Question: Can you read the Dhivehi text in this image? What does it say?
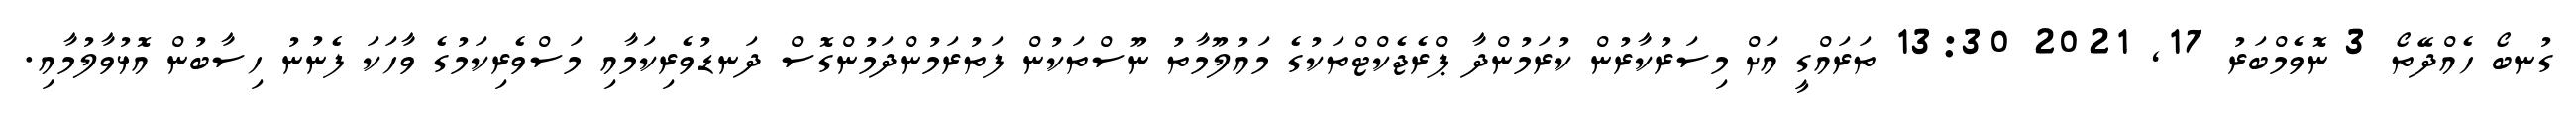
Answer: ގުނބޯ ހެއްދޭތޯ 3 ނޮވެމްބަރު 17, 2021 13:30 ތަރައްގީ އަށް މިސަރުކާރުން ކުރަމުންދާ ޕްރެޖެކްޓްތަކުގެ މައުލޫމާތު ނޫސްތަކުން ފަތުރަމުންދަމުންގޮސް ދަނޑުވެރިކަމާއި މަސްވެރިކަމުގެ ވާހަކަ ފެނުނު ހިސާބުން އޮޅުވާލުމާއި.